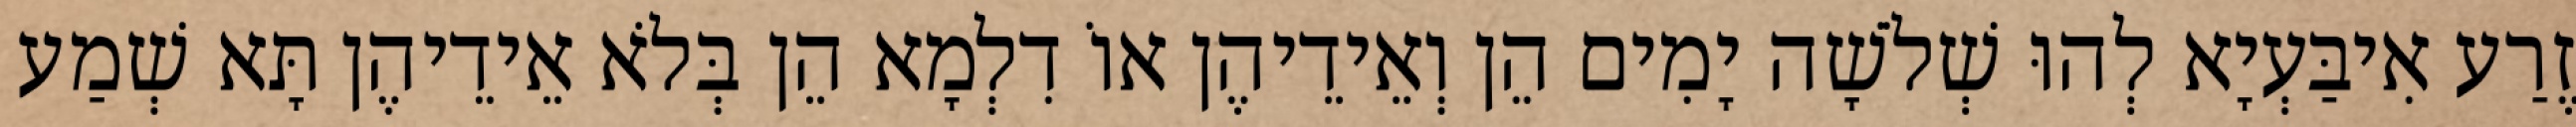
זֶרַע אִיבַּעְיָא לְהוּ שְׁלֹשָׁה יָמִים הֵן וְאֵידֵיהֶן אוֹ דִלְמָא הֵן בְּלֹא אֵידֵיהֶן תָּא שְׁמַע